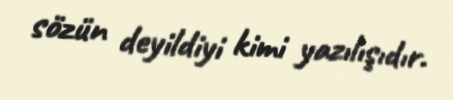
sözün deyildiyi kimi yazılışıdır.